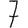
Digit: 7